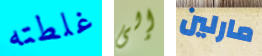
غلطته إلى مارلين